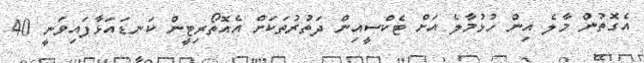
އެގޮތުން މާލެ އިން ހުޅުމާލެ އަށް ޓެކްސީއިން ދަތުރުތަކަށް އެއޮތޯރިޓީން ކަނޑައަޅާފައިވަނީ 40